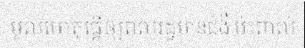
មូលហេតុធ្វើឲ្យពលរដ្ឋមានជំងឺ ប៉ះពាល់